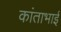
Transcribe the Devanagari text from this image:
कांताभाई